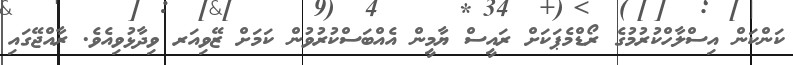
ކަންކަން އިސްލާހްކުރުމުގެ ރޯޑްމެޕަކަށް ރައީސް ޔާމީން އެއްބަސްކުރުވުން ކަމަށް ޒޭވިއަރ ވިދާޅުވިއެވެ. ރާއްޖޭގައި